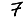
Digit: 7